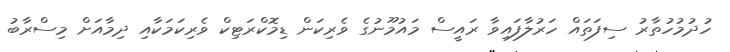
ހުދުމުހުތާރު ސިފަތައް ހަރުލާފައިވާ ރައީސް މައުމޫނުގެ ވެރިކަން ޑިމޮކްރަޓިކް ވެރިކަމަކާއި ދިމާއަށް މިސްރާބު